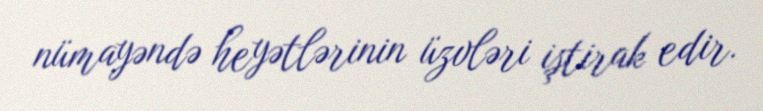
nümayəndə heyətlərinin üzvləri iştirak edir.